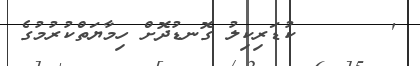
'      	ކުޑަރިކިލު ގޮނޑުދޮށް ހިމާޔަތްކުރުމުގެ